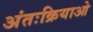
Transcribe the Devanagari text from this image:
अंतःक्रियाओ